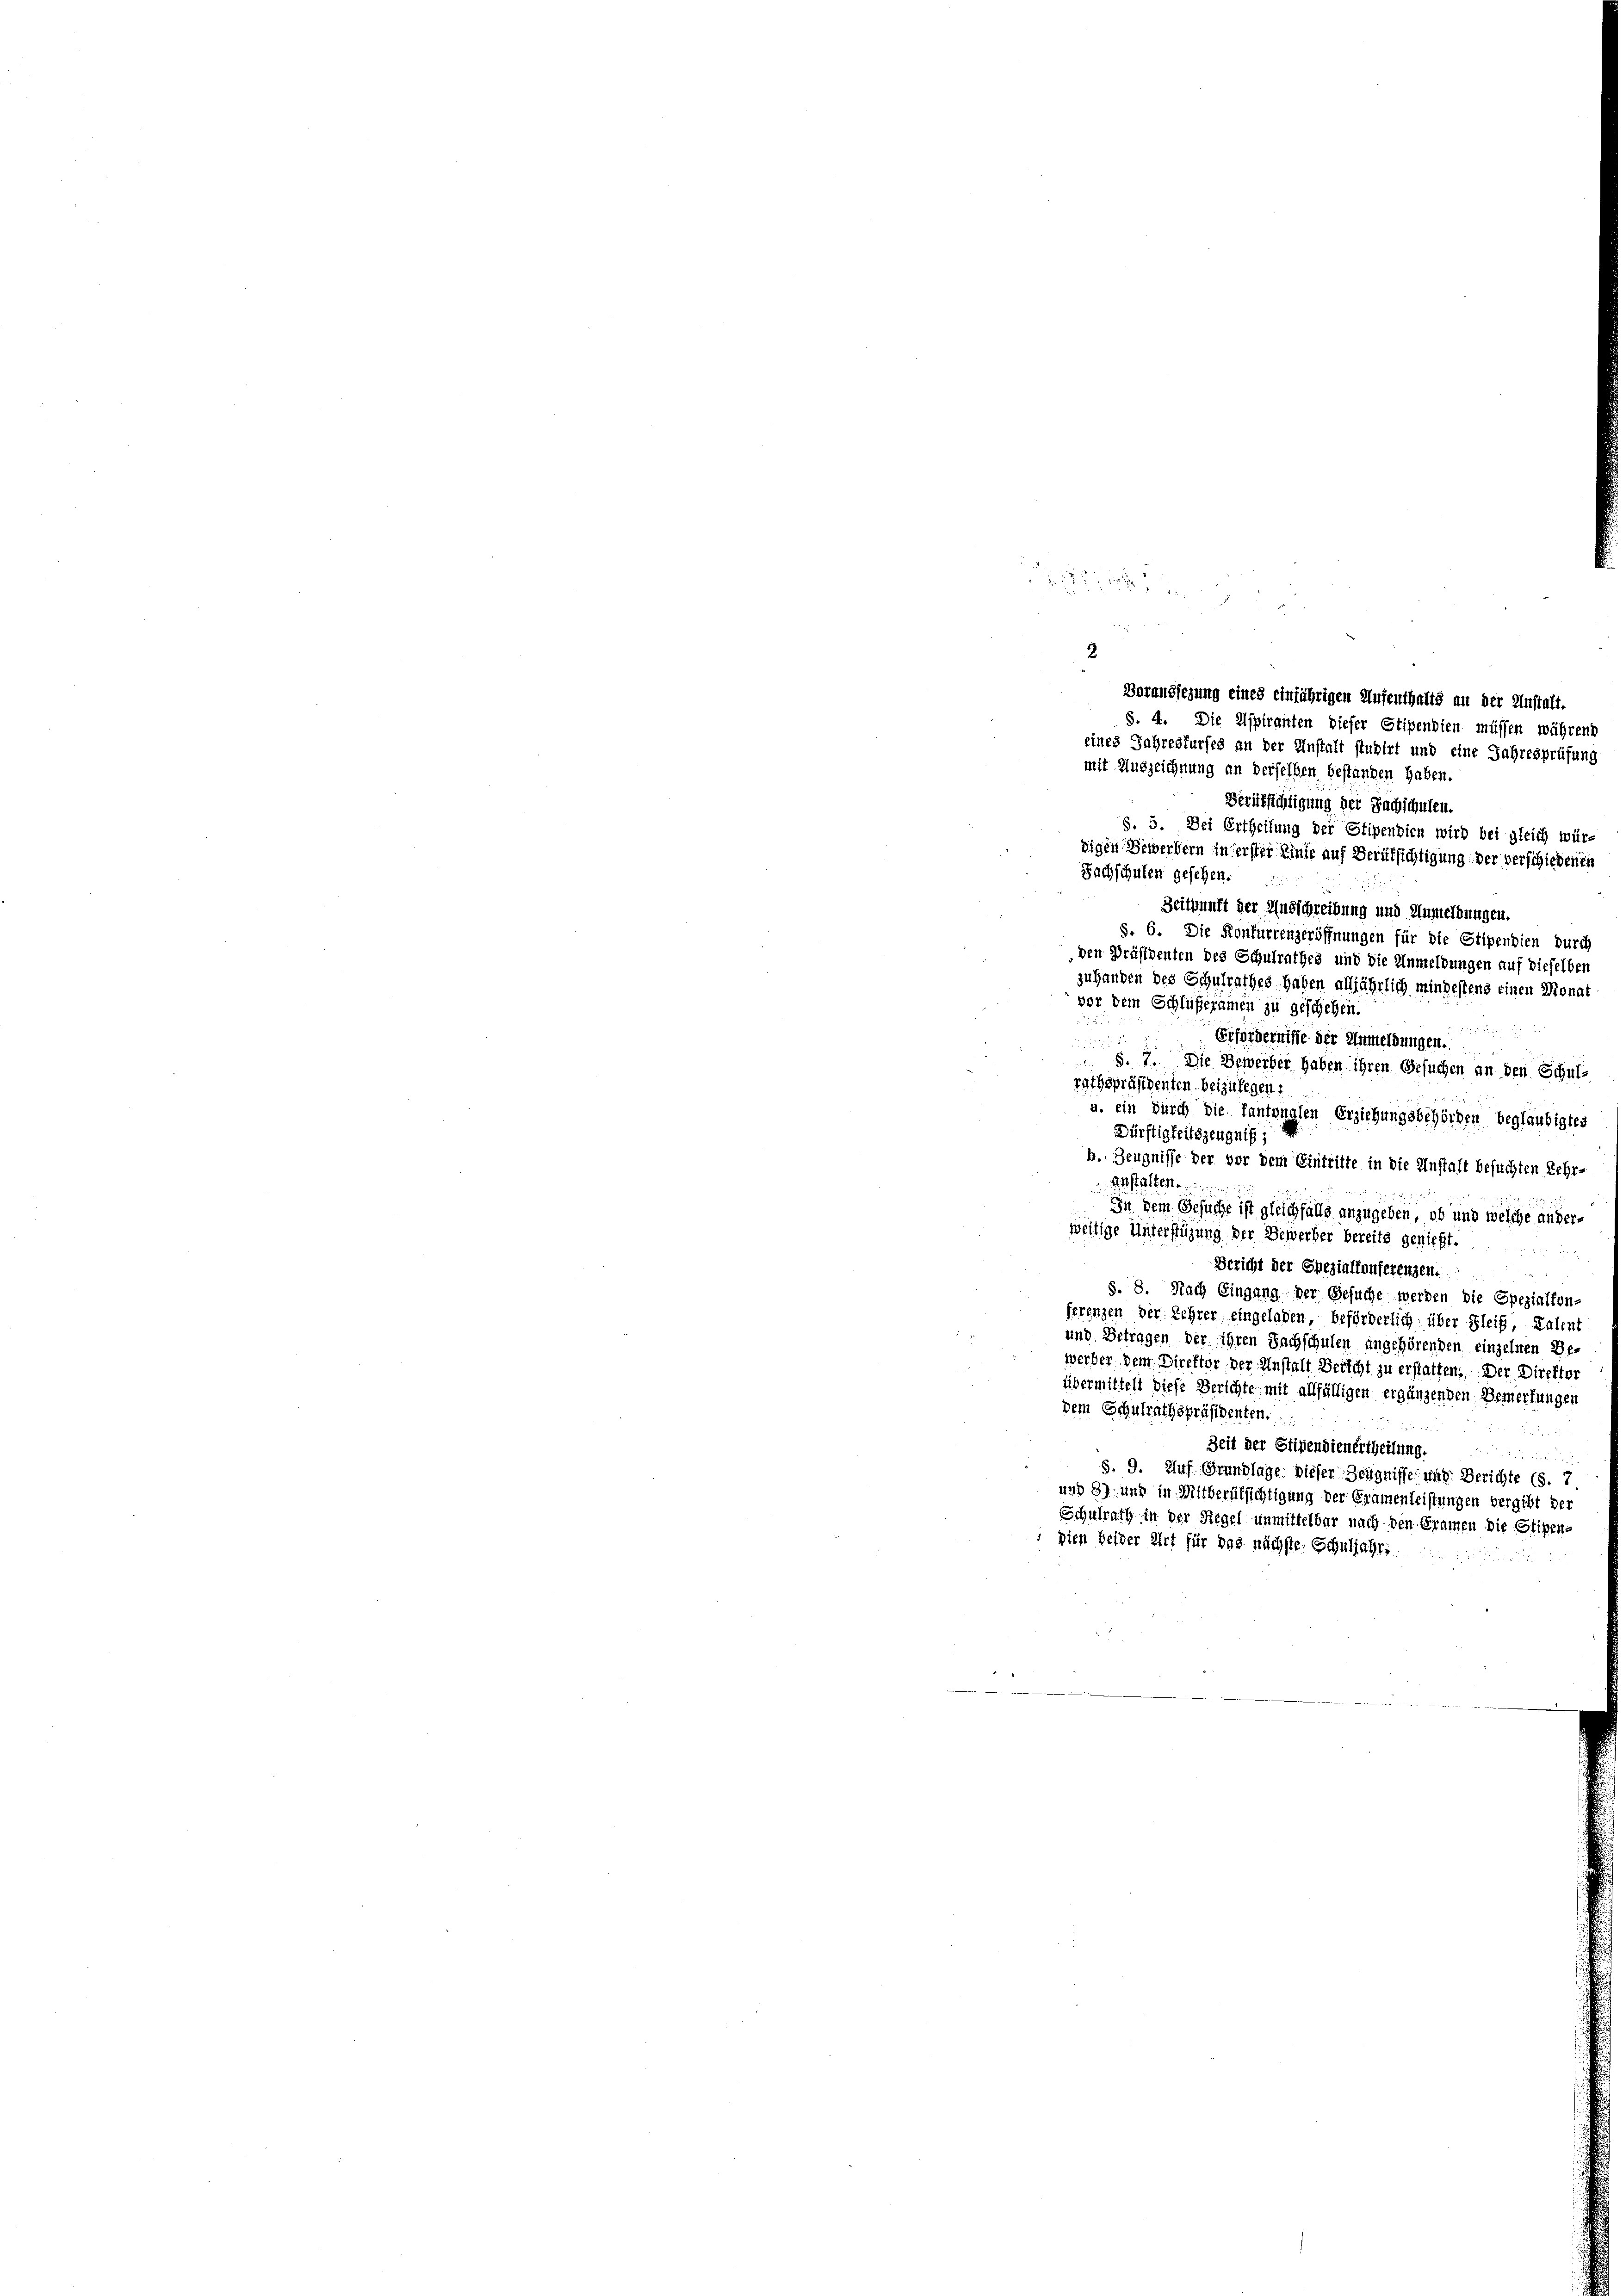
Erfordernisse der Anmeldungen.

S. 7. Die Bewerber haben ihren Gesuchen an den Schul-
rathspräsidenten beizulegen:
a. ein durch die Tantonalen Erziehungsbehörden beglaubigtes
Dürftigkeitszeugnis,
b. Zeugnisse der vor dem Eintritte in die Anstalt besuchten Lehr-
Anstalten.
 27
In dem Gesuche ist gleichfalls anzugeben, ob und welche anderweitige Unterstüzung der Bewerber bereits genießt.

Bericht der Spezialkonferenzen.
2
§. 8. Nach Eingang der Gesuche werden die Spezialkon-
ferenzen der Lehrer eingeladen, beförderlich über Gleif, Kalent
und Betragen der ihren Sachschulen angehörenden einzelnen Be-
werber dem Direktor, der Instalt Bericht zu erstatten. Der Direktor
übermittelt diese Berichte mit allfälligen ergänzenden Bemerkungen
dem Schulrathspräsidenten.
5
Zeit der Stipendienertheilung.

S. 9. Auf Grundlage dieser Zeugnisse und Berichte (S. 7
und 3) und in Mitberufsichtigung der Eramenleistungen vergibt der
Schulrath in der Siegel unmittelbar nach den Gramen die Stipen-
 gien beider Art für das nächste Schuljahr.

2
Voransitzung eines einjährigen Aufenthalts an der Unstalt.
S. 4. Die Aspiranten dieser Stipendien müssen während
eines Jahresfurfes an der Instalt studirt und eine Jahresprüfung
mit Auszeichnung an derselben bestanden haben.
Verirsichtigung der Sachschulen.
§. 5. Bei Ertheilung der Stipendien wird bei gleich wür-
digen Bewerbern in erster Linie auf Berufsichtigung der verschiedenen
Sachschulen gesehen.
Zeitpunft der Ausschreibung und Anmeldungen.
§. 6. Die Konfurrenzeröffnungen für die Stipendien durch
den Präsidenten des Schulrathes und die Anmeldungen auf dieselben
zuhanden des Schulrathes haben alljährlich mindestens einen Monat
vor dem Schlüßeramen zu geschehen.